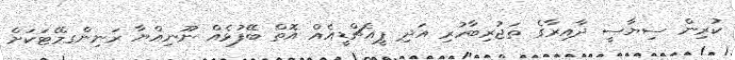
ކުރިން ސިޔާސީ ދާއިރާގެ ތަޖުރިބާހުރި އަދި ޕީއެޗްޑީއެއް އޮތް ބޭފުޅެއް ނޫނިއްޔާ ރަނިންގމޭޓަކަށް